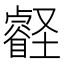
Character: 壡